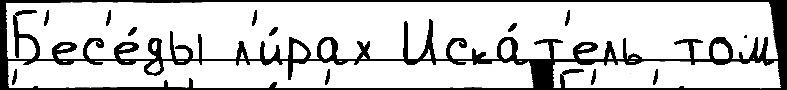
Б'ес'е́ды л'и́рах Иска́т'ель том